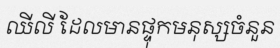
ឈីលី ដែលមានផ្ទុកមនុស្សចំនួន